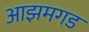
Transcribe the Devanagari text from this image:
आझमगड